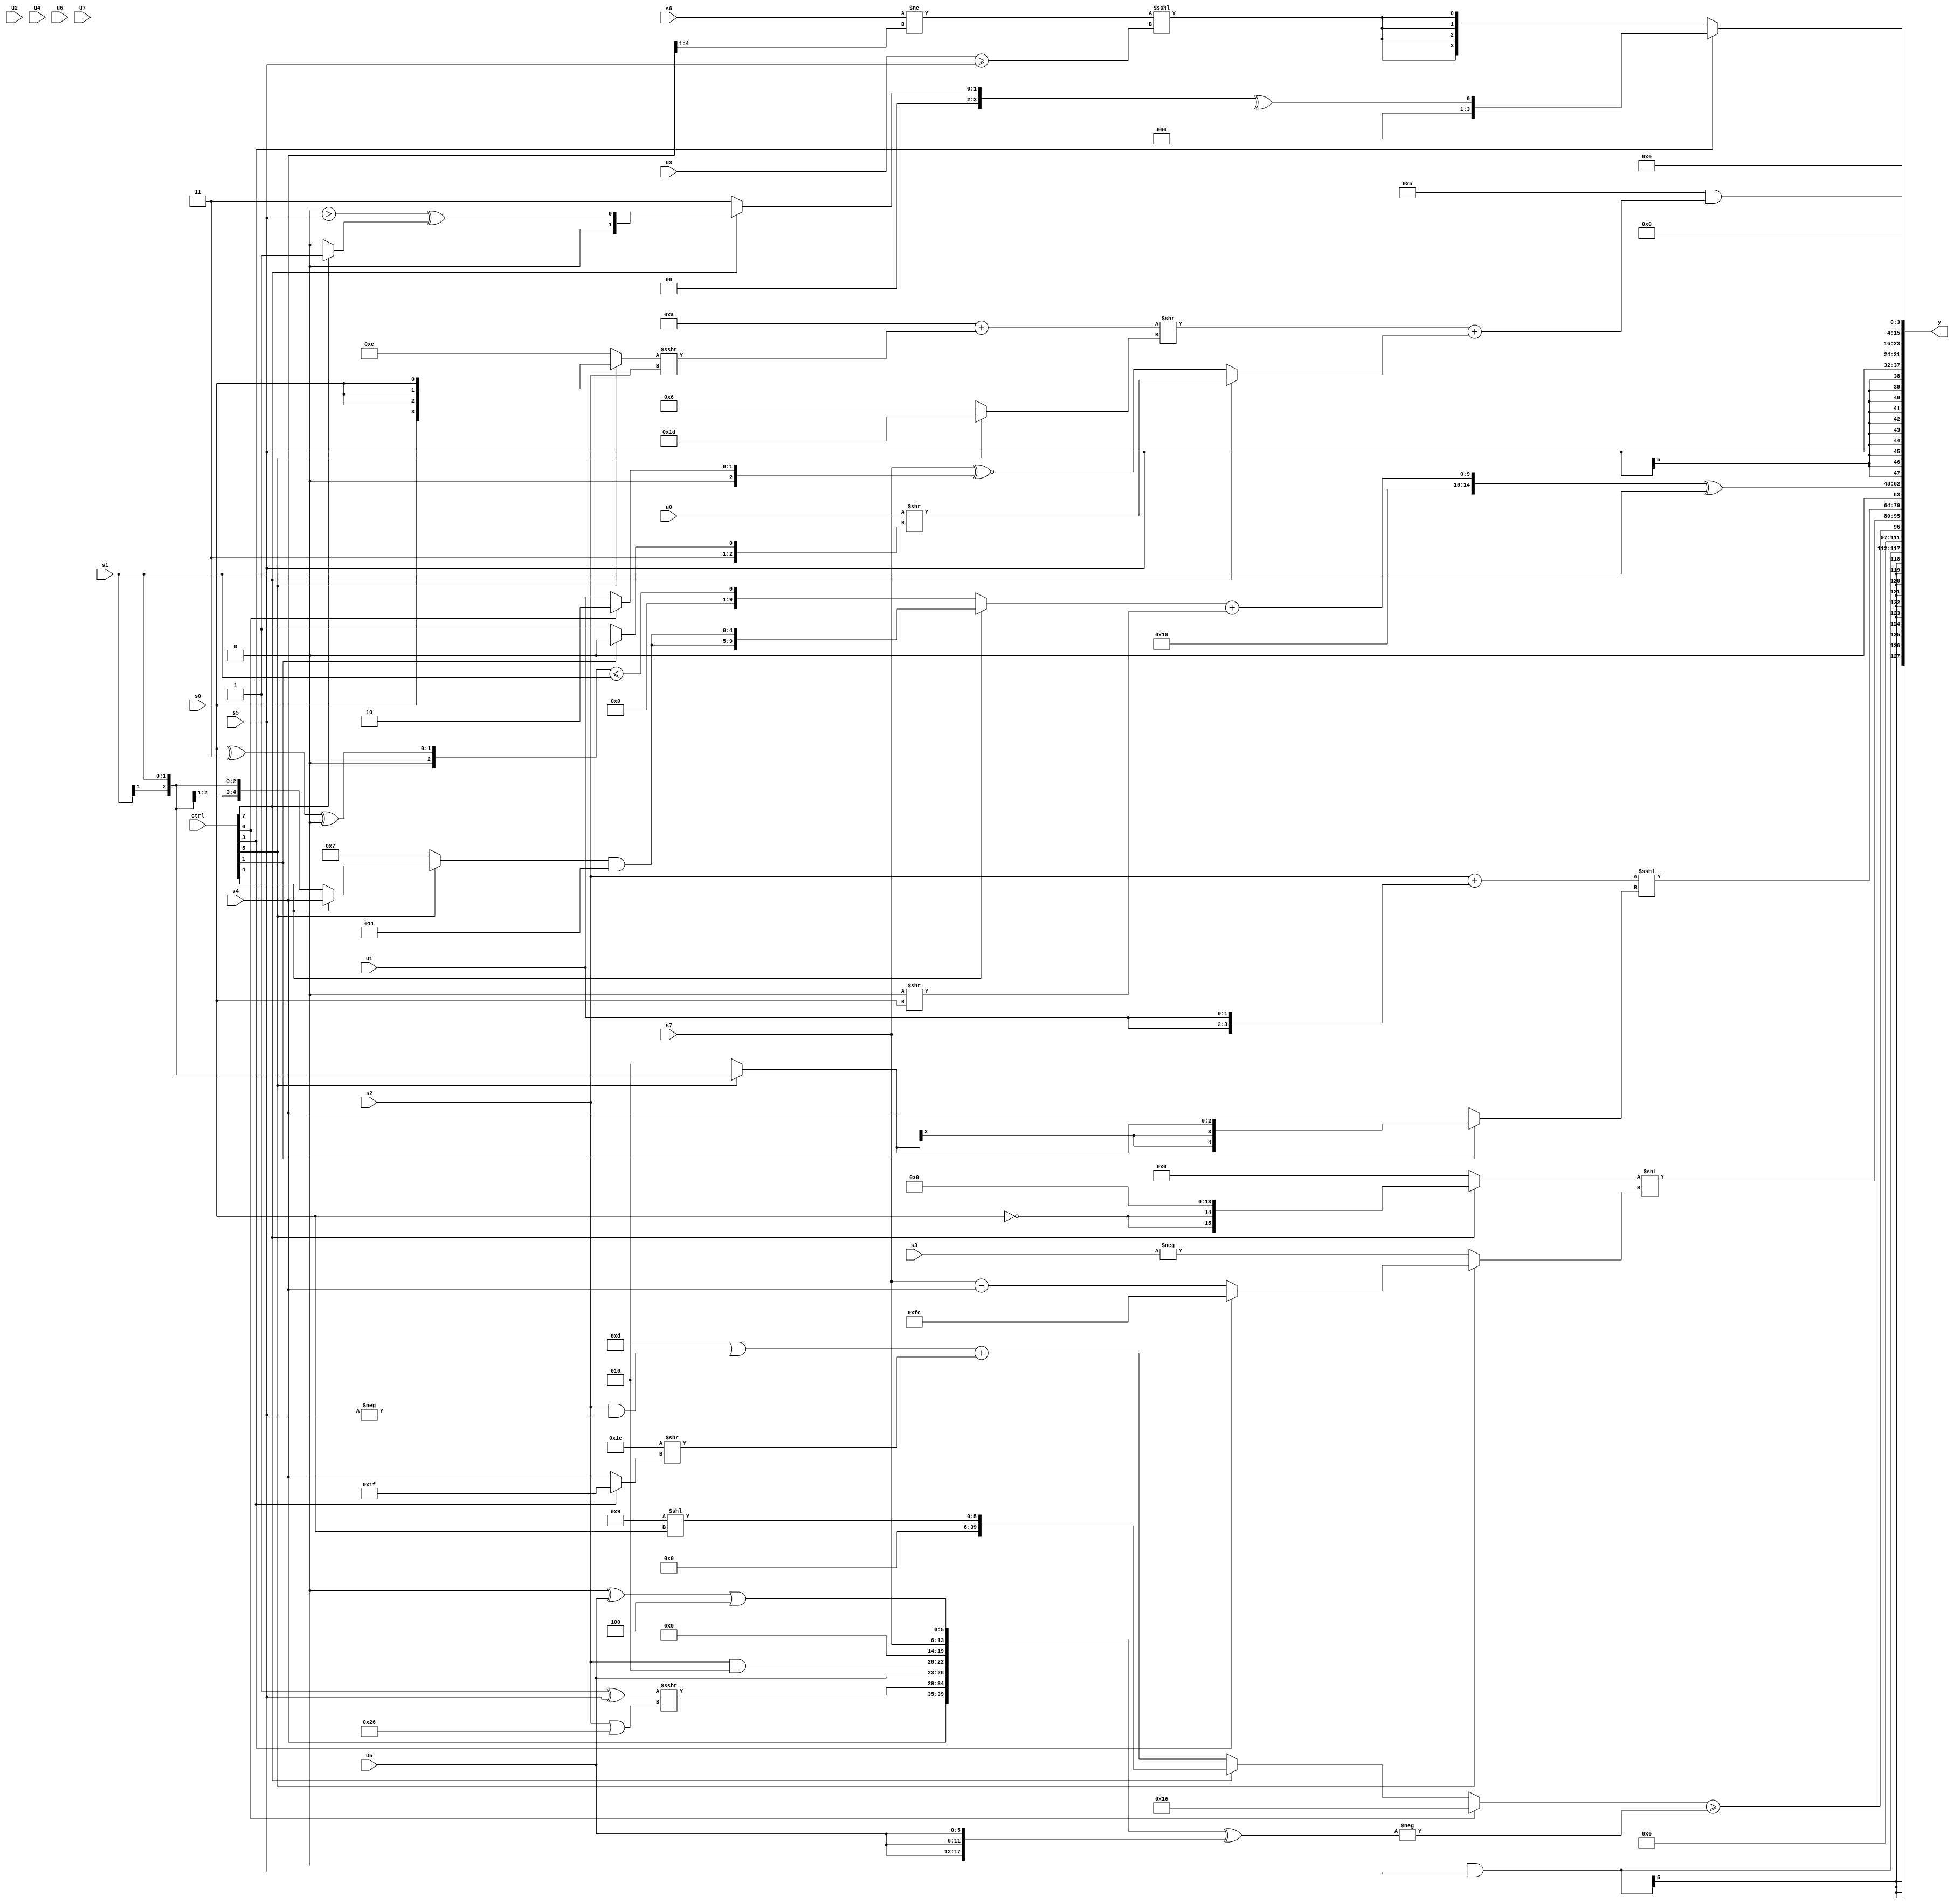
module wideexpr_00125(ctrl, u0, u1, u2, u3, u4, u5, u6, u7, s0, s1, s2, s3, s4, s5, s6, s7, y);
  input [7:0] ctrl;
  input [0:0] u0;
  input [1:0] u1;
  input [2:0] u2;
  input [3:0] u3;
  input [4:0] u4;
  input [5:0] u5;
  input [6:0] u6;
  input [7:0] u7;
  input signed [0:0] s0;
  input signed [1:0] s1;
  input signed [2:0] s2;
  input signed [3:0] s3;
  input signed [4:0] s4;
  input signed [5:0] s5;
  input signed [6:0] s6;
  input signed [7:0] s7;
  output [127:0] y;
  wire [15:0] y0;
  wire [15:0] y1;
  wire [15:0] y2;
  wire [15:0] y3;
  wire [15:0] y4;
  wire [15:0] y5;
  wire [15:0] y6;
  wire [15:0] y7;
  assign y = {y0,y1,y2,y3,y4,y5,y6,y7};
  assign y0 = (2'sb00)&(s5);
  assign y1 = ((ctrl[0]?5'sb11110:(ctrl[7]?$signed((6'sb111001)<<(s0)):(((5'sb11010)>>>(1'b1))|((s2)&(-(s5))))+((5'sb11110)>>((ctrl[3]?2'sb11:+(s4)))))))>=(-(({{s4,((4'sb1111)^(s5))>>>((s2)|(6'sb100110)),{$unsigned(u5),(s2)&(3'sb010)},(-(s5))<<<(6'sb110111)},$signed(s7),(((4'sb0000)>>(5'sb00011))^($signed(u5)))|($signed(3'sb100))})^({{3{+(u5)}}})));
  assign y2 = ((ctrl[7]?($signed(!(-(s0))))<<<(+({$signed(5'sb01110)})):1'sb0))<<((ctrl[5]?(ctrl[3]?5'sb11100:(s7)-(+(s4))):-(s3)));
  assign y3 = +(($signed((s2)+({2{u1}})))<<<({1{(ctrl[1]?(ctrl[5]?s1:3'sb010):s4)}}));
  assign y4 = ({{(ctrl[3]?({{$signed((3'sb011)-(4'sb0000)),-($signed(2'sb01))},(1'sb0)^~((s1)^(s3)),(-((u4)-(1'sb0)))<=(((2'sb01)<<<(u7))<<($signed(2'b10))),-(-({2'sb00,s6}))})<<<(($signed((ctrl[6]?(ctrl[3]?3'sb001:4'sb0000):$signed(3'sb101))))<<(({s4,(s3)>>(s6)})&({(s4)<<(s6),3'sb101,(6'b001100)<(s4)}))):((ctrl[5]?2'b10:$signed((!(5'sb00101))^((s6)<<<(3'b000)))))>=(s4))},6'sb011001,$signed(((ctrl[4]?{2{((ctrl[5]?(ctrl[4]?s4:s1):$signed(5'sb00111)))&(3'sb011)}}:(($signed((s0)^(3'b011)))^(2'sb00))<=(s1)))+((1'sb0)>>(s0)))})^(s1);
  assign y5 = s5;
  assign y6 = {1{(5'sb00101)&((((5'sb01010)+(($signed((ctrl[5]?s0:4'sb1100)))>>>(s2)))>>((ctrl[5]?5'sb11101:5'sb00110)))+((ctrl[7]?($signed(u0))>>((ctrl[1]?$signed(+(3'sb110)):1'sb1)):(s7)^~($signed($unsigned((ctrl[0]?3'sb010:u1)))))))}};
  assign y7 = (ctrl[3]?$unsigned(^($signed(+((ctrl[7]?((3'sb000)>(s5))^((ctrl[7]?|(4'sb1110):^(6'sb011000))):4'b0011))))):{4{($unsigned({1{$signed($unsigned(($signed(s6))!=((s4)>>>(2'b01))))}}))<<<(+((u3)>=(s5)))}});
endmodule